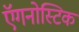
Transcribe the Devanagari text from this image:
ऍगनोस्टिक